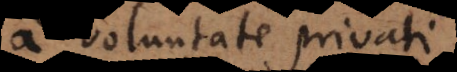
a voluntate privati.